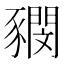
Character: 𧲃